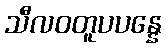
သီလဝတူပပန္နေ